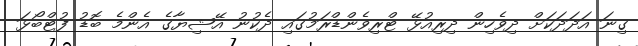
ގިނަ އަދަދަކަށް ދިވެހިން ދިރިއުޅޭ ޓްރިވެންޑްރަމުގައި ދެކުނު އޭޝިޔާގެ އެންމެ ބޮޑު ފުޓްބޯޅަ